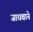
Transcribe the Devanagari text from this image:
जाधवाने